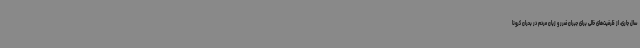
سال جاری، از ظرفیت‌های خالی برای جبران ضرر و زیان مردم در بحران کرونا